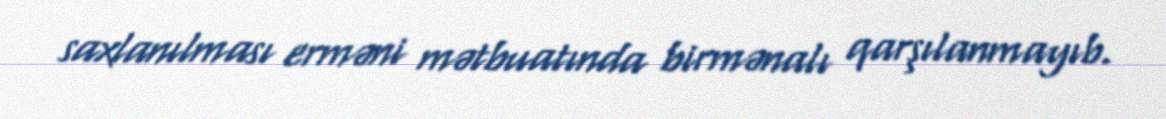
saxlanılması erməni mətbuatında birmənalı qarşılanmayıb.